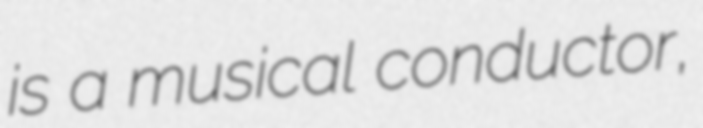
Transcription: is a musical conductor,